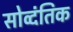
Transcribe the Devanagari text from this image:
सोव्दंतिक